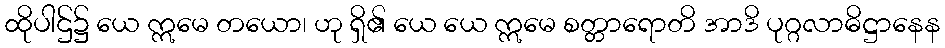
ထိုပါဌ်၌ ယေ ဣမေ တယော၊ ဟု ရှိ၏ ယေ ယေ ဣမေ စတ္တာရောတိ အာဒိ ပုဂ္ဂလာဓိဋ္ဌာနေန